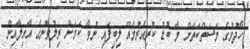
ހޯދުމުގެ މަސަތްކަތަށް މާ ބޮޑު ކުރިއެރުމެއް ލިބިފައި ނުވާ ކަމަށް ރިލުވާނުގެ އާއިލާއިން